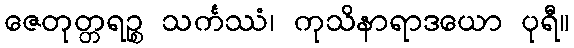
ဇေတုတ္တရဉ္စ သင်္ကဿံ၊ ကုသိနာရာဒယော ပုရီ။